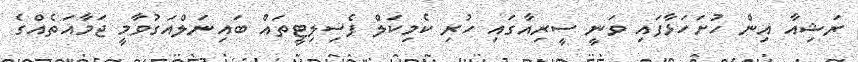
ރަޝިއާ އިން ހުށަހަޅާފައި ވަނީ ސީރިއާގައި ހުރި ކެމިކަލް ފެސިލިޓީތައް ބައިނަލްއަގުވާމީ ޖަމާއަތެއްގެ